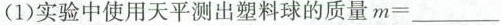
(1)实验中使用天平测出塑料球的质量m=___